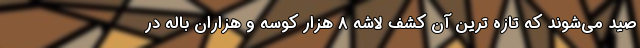
صید می‌شوند که تازه ترین آن کشف لاشه ۸ هزار کوسه و هزاران باله در